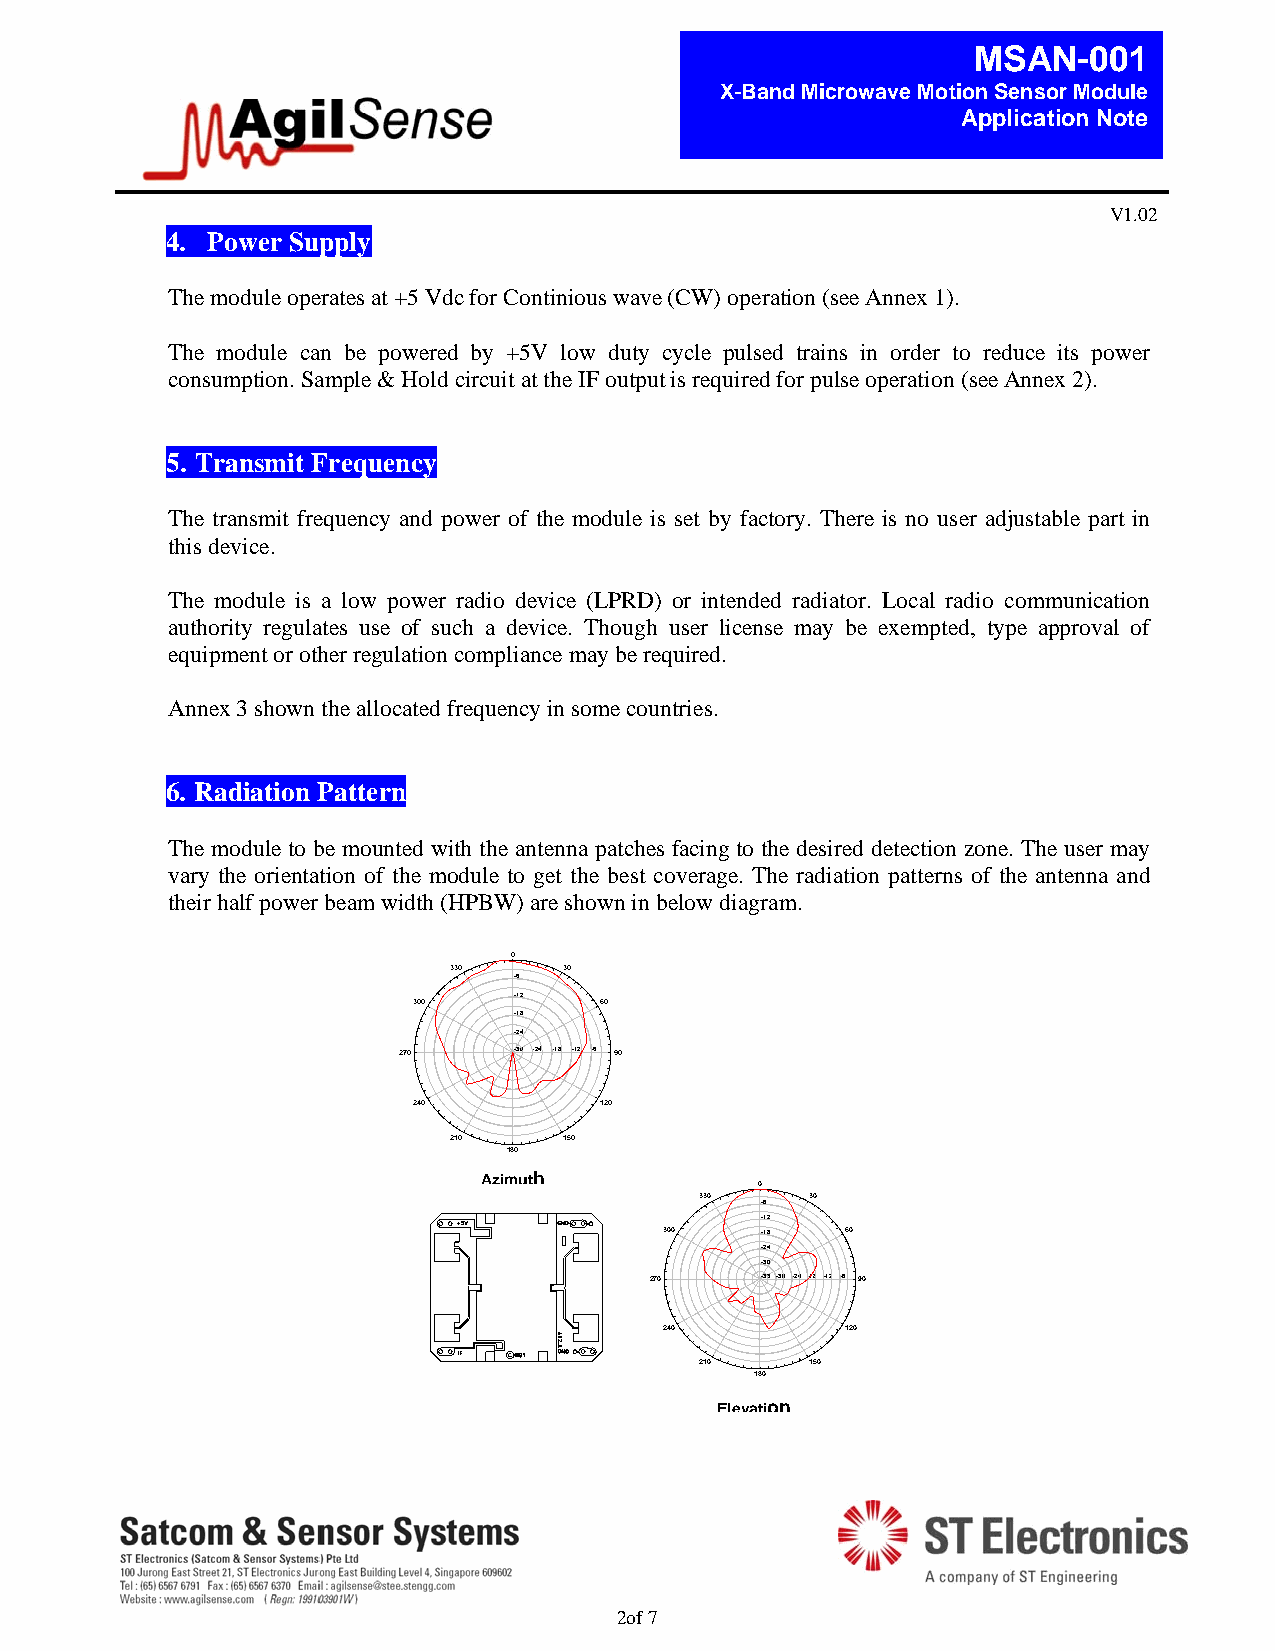
MSAN-001
 X-Band Microwave Motion Sensor Module
 Application Note
 V1.02
 4. Power Supply
 The module operates at +5 Vdc for Continious wave (CW) operation (see Annex 1).
 The module can be powered by +5V low duty cycle pulsed trains in order to reduce its power
 consumption. Sample & Hold circuit at the IF output is required for pulse operation (see Annex 2).
 5. Transmit Frequency
 The transmit frequency and power of the module is set by factory. There is no user adjustable part in
 this device.
 The module is a low power radio device (LPRD) or intended radiator. Local radio communication
 authority regulates use of such a device. Though user license may be exempted, type approval of
 equipment or other regulation compliance may be required.
 Annex 3 shown the allocated frequency in some countries.
 6. Radiation Pattern
 The module to be mounted with the antenna patches facing to the desired detection zone. The user may
 vary the orientation of the module to get the best coverage. The radiation patterns of the antenna and
 their half power beam width (HPBW) are shown in below diagram.
 0
 330    30
 -6
 -12
 300          60
 -18
 -24
 270     -30 -24 -18 -12 -6 90
 240          120
 210    150
 180
 Azimuth
 0
 330 -6  30
 -12
 300   -18   60
 -24
 -30
 270    -36-30 -24 -18 -12 -6 90
 240         120
 210     150
 180
 Elevation
 2of 7